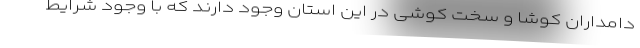
دامداران کوشا و سخت کوشی در این استان وجود دارند که با وجود شرایط